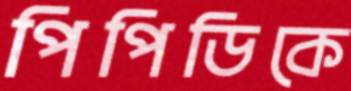
পিপিডিকে